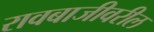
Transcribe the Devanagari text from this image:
रावबाजीवरील